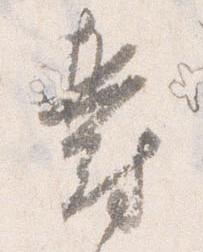
欝